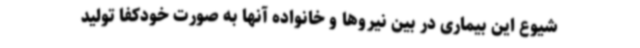
شیوع این بیماری در بین نیروها و خانواده آنها به صورت خودکفا تولید